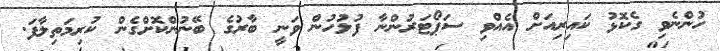
ހުންނެވި ގެކޮޅު ކައިރިއަށް އެއްވި ސަޕޯޓަރުންނާ ފުލުހުން ވަނީ ބާރުގެ ބޭނުންކޮށްގެން ކުރިމަތިލާފަ.